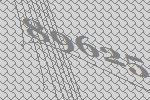
89625